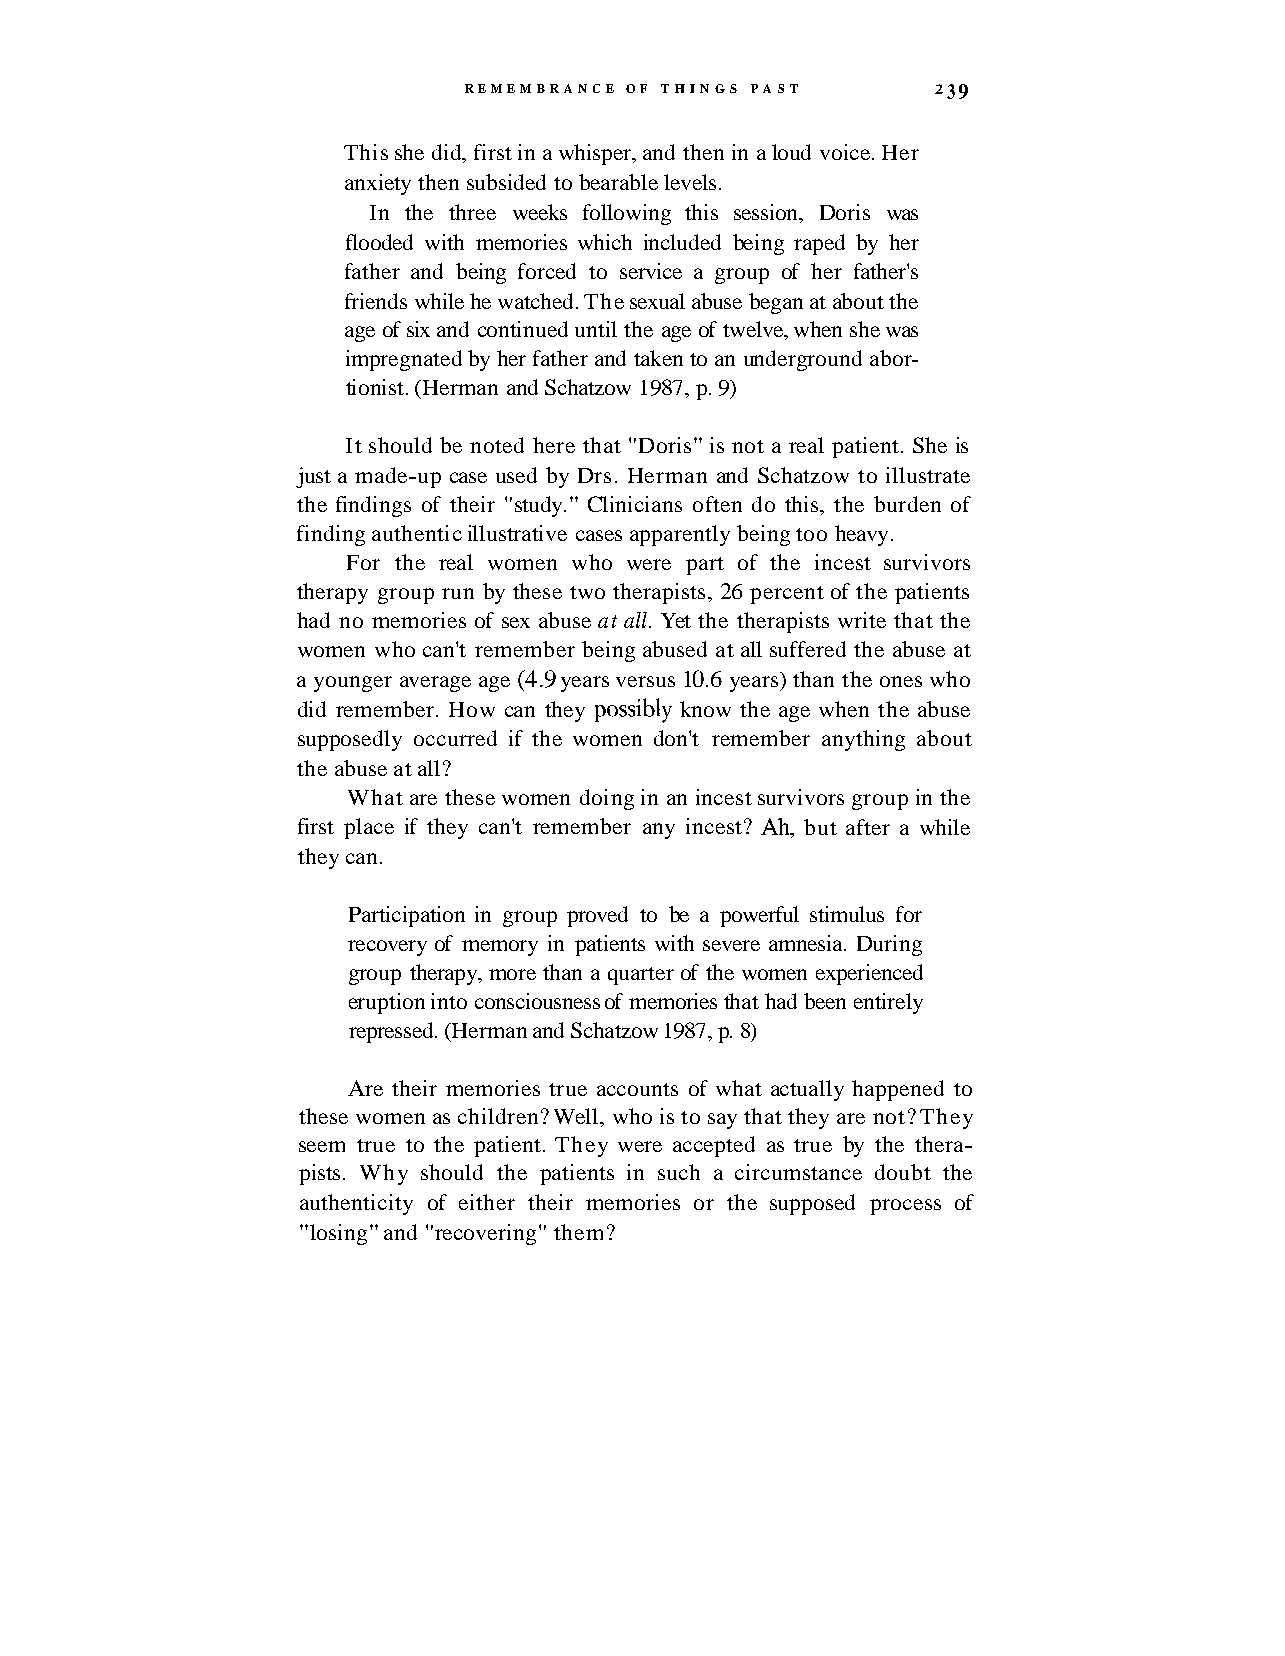
REMEMBRANCE OF THINGS PAST     2 3 9
 This she did, first in a whisper, and then in a loud voice. Her
 anxiety then subsided to bearable levels.
 In the three weeks following this session, Doris was
 flooded with memories which included being raped by her
 father and being forced to service a group of her father's
 friends while he watched. The sexual abuse began at about the
 age of six and continued until the age of twelve, when she was
 impregnated by her father and taken to an underground abor-
 tionist. (Herman and Schatzow 1987, p. 9)
 It should be noted here that "Doris" is not a real patient. She is
 just a made-up case used by Drs. Herman and Schatzow to illustrate
 the findings of their "study." Clinicians often do this, the burden of
 finding authentic illustrative cases apparently being too heavy.
 For the real women who were part of the incest survivors
 therapy group run by these two therapists, 26 percent of the patients
 had no memories of sex abuse at all. Yet the therapists write that the
 women who can't remember being abused at all suffered the abuse at
 a younger average age (4.9 years versus 10.6 years) than the ones who
 did remember. How can they possibly know the age when the abuse
 supposedly occurred if the women don't remember anything about
 the abuse at all?
 What are these women doing in an incest survivors group in the
 first place if they can't remember any incest? Ah, but after a while
 they can.
 Participation in group proved to be a powerful stimulus for
 recovery of memory in patients with severe amnesia. During
 group therapy, more than a quarter of the women experienced
 eruption into consciousness of memories that had been entirely
 repressed. (Herman and Schatzow 1987, p. 8)
 Are their memories true accounts of what actually happened to
 these women as children? Well, who is to say that they are not? They
 seem true to the patient. They were accepted as true by the thera-
 pists. Why should the patients in such a circumstance doubt the
 authenticity of either their memories or the supposed process of
 "losing" and "recovering" them?